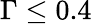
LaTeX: \Gamma\leq 0.4